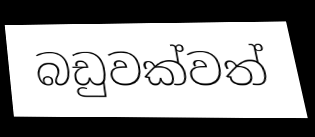
බඩුවක්වත්